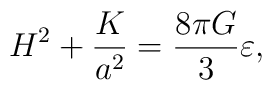
H^{2}+\frac{K}{a^{2}}=\frac{8\pi G}{3}\varepsilon ,